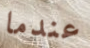
عندما